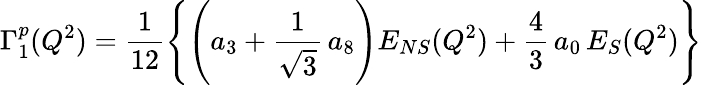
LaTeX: \Gamma_{1}^{p}(Q^{2})={\frac{1}{12}}\Biggl\{ \Biggl(a_{3}+{\frac{1}{\sqrt 3}}\, a_{8}\Biggl)E_{NS}(Q^{2})+{\frac{4}{3}}\, a_{0}\, E_{S}(Q^{2})\Biggl\}